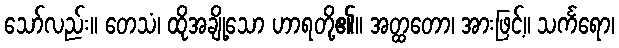
သော်လည်း။ တေသံ၊ ထိုအချို့သော ဟာရတို့၏။ အတ္ထတော၊ အားဖြင့်။ သင်္ကရော၊